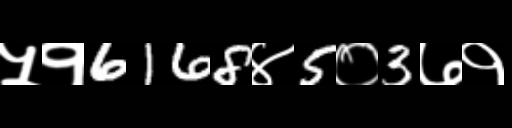
Text: ५१6168४5०3७१